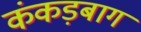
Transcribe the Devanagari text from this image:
कंकड़बाग